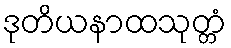
ဒုတိယနာထသုတ္တံ